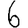
Digit: 6